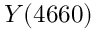
Y ( 4 6 6 0 )